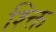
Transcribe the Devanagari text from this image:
श्क्ति